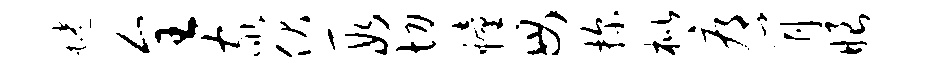
蜷全家伏段切幢毋探枇辱肖眼